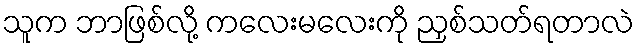
သူက ဘာဖြစ်လို့ ကလေးမလေးကို ညှစ်သတ်ရတာလဲ